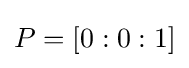
P=[0:0:1]